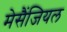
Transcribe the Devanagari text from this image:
मेसैंजियल